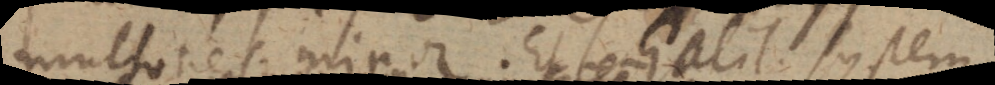
multoties, minor. Et Galil. System.